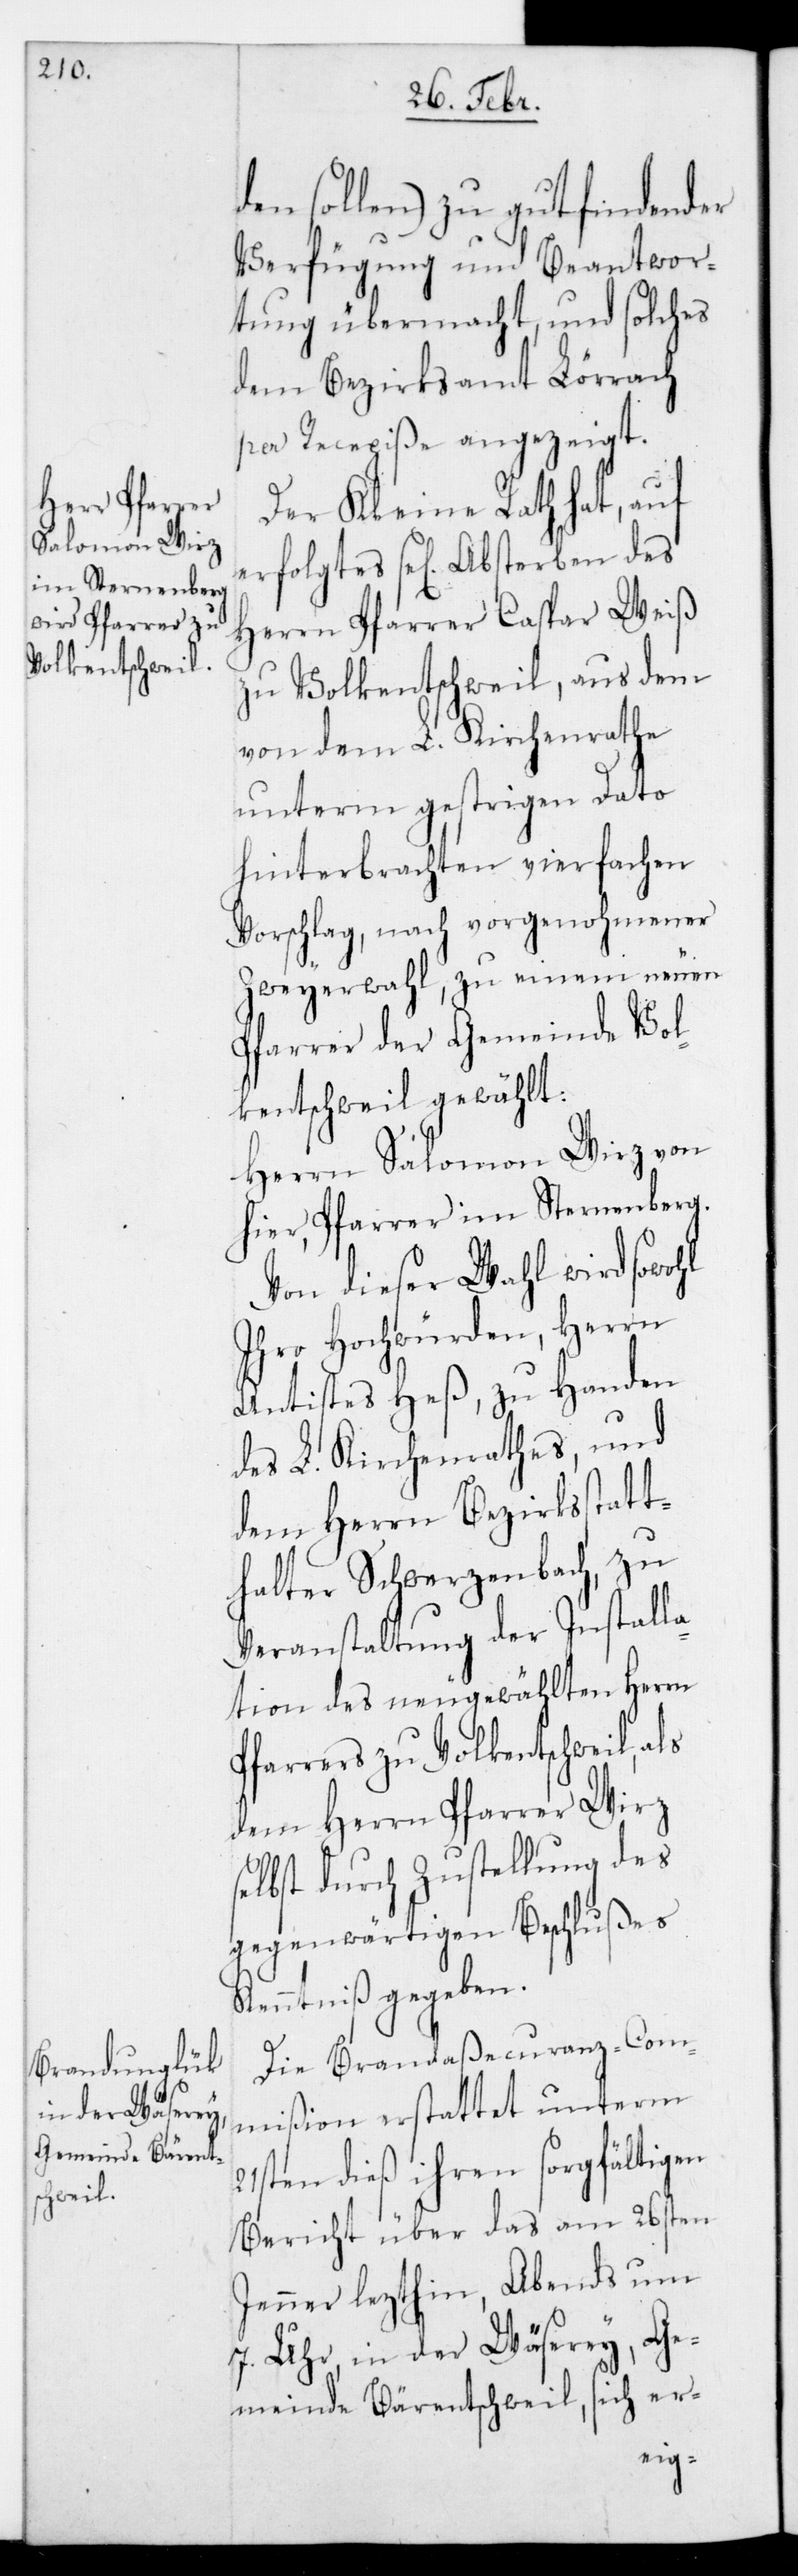
den sollen) zu gut findender
Verfügung und Beantwor¬
tung übermacht, und solches
dem Bezirksamt Lörrach
per Recepiße angezeigt.
Der Kleine Rath hat, auf
se[liges] Absterben des
Herrn Pfarrer Caspar Weiß
zu Volkentschweil, aus dem
von dem L. Kirchenrathe
unterm gestrigen Dato
hinterbrachten vierfachen
Vorschlag, nach vorgenohmener
Zweyerwahl, zu einem neuen
Pfarrer der Gemeinde Vol¬
kentschweil gewählt:
Herrn Salomon Wirz von
hier, Pfarrer im Sternenberg.
Von dieser Wahl wird sowohl
Ihro Hochwürden, Herrn
Antistes Heß, zu Handen
des L. Kirchenrathes und
dem Herrn Bezirksstat¬
thalter Schwerzenbach, zu
Veranstaltung der Install¬
ation des neu gewählten Herrn
Pfarrers zu Volkentschweil, als
dem Herrn Pfarrer Wirz
selbst durch Zustellung des
gegenwärtigen Beschlußes
Kenntniß gegeben.
Die Brandaßecuranz-Com¬
mißion erstattet unterm
21sten dieß ihren sorgfältigen
Bericht über das am 26sten
Jenner lezthin, Abends um
7. Uhr in der Wäserey, Ge¬
meinde Bärentschweil, sich er-